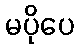
မပိုပေ